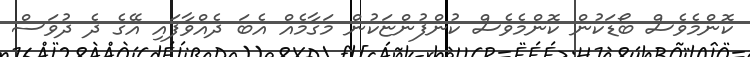
ކޮންމެވެސް ބޯޑަކުން ކޮންމެވެސް ކުންފުންޏަކުން މަގާމެއް އެބަ ދެއްވާފައި އޭގެ ދެ ދުވަސް